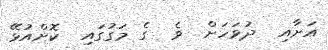
އަށާއި  ދުވަހަށް  ވެ  ގެ މަގުގައި  ކޮށްއުޅޭ